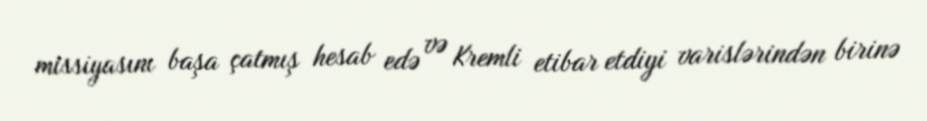
missiyasını başa çatmış hesab edə və Kremli etibar etdiyi varislərindən birinə